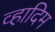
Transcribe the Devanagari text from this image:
व्हादिम